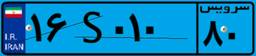
۱۶S۰۱۰۸۰